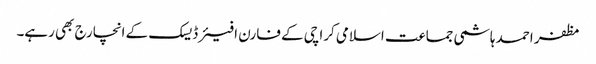
مظفر احمد ہاشمی جماعت اسلامی کراچی کے فارن افیئر ڈیسک کے انچارج بھی رہے۔